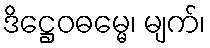
ဒိဋ္ဌေဝဓမ္မေ၊ မျက်၊